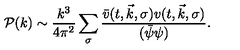
\mathcal { P } ( k ) \sim \frac { k ^ { 3 } } { 4 \pi ^ { 2 } } \sum _ { \sigma } \frac { \bar { v } ( t , \vec { k } , \sigma ) v ( t , \vec { k } , \sigma ) } { ( \bar { \psi } \psi ) } .